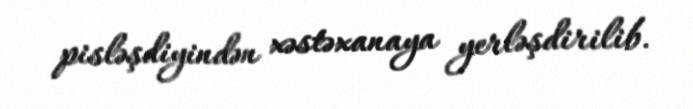
pisləşdiyindən xəstəxanaya yerləşdirilib.